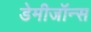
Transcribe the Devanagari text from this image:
डेमीजॉन्स